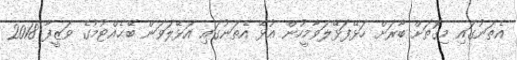
އެތަނުގައި މިގޮތަށް ބާރަށް ހަޅޭފަޅޭލަވާމީހުން އުޅޭ އެތަނުގައި އަޅޭލަވަން ބޭޙެއްޓުމުގެ ވަޒީފާ 2018